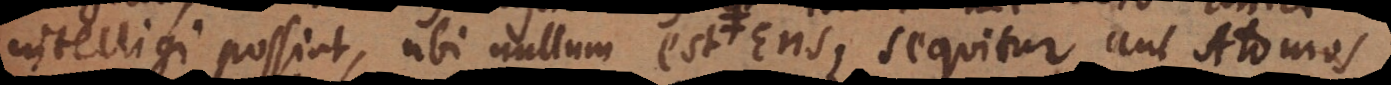
intelligi possint, ubi nullum est Ens, sequitur aut Atomos